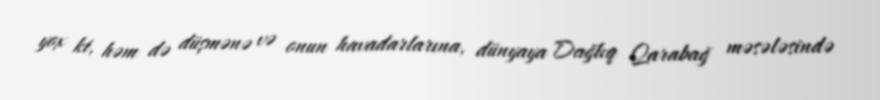
yox ki, həm də düşmənə və onun havadarlarına, dünyaya Dağlıq Qarabağ məsələsində